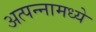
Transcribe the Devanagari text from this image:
अत्‍पन्‍नामध्‍ये